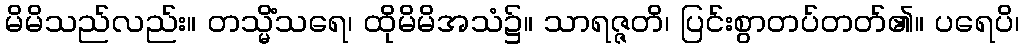
မိမိသည်လည်း။ တသ္မိံသရေ၊ ထိုမိမိအသံ၌။ သာရဇ္ဇတိ၊ ပြင်းစွာတပ်တတ်၏။ ပရေပိ၊